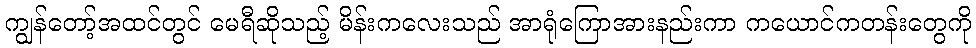
ကျွန်တော့်အထင်တွင် မေရီဆိုသည့် မိန်းကလေးသည် အာရုံကြောအားနည်းကာ ကယောင်ကတန်းတွေကို